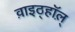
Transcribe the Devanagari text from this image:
व़ाइठ्हाॅल़्